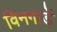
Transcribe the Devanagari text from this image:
विनगार्डे